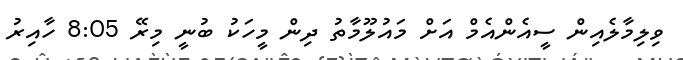
ވިލިމާލެއިން ސީއެންއެމް އަށް މައުލޫމާތު ދިން މީހަކު ބުނީ މިރޭ 8:05 ހާއިރު